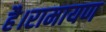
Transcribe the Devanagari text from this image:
है।रामायण